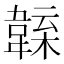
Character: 𩏁